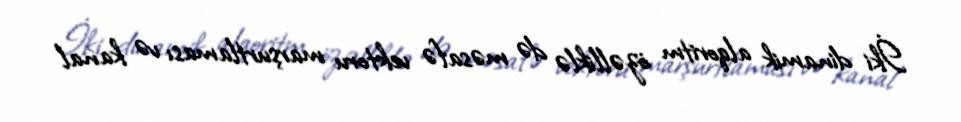
İki dinamik alqoritm özəlliklə də məsafə vektoru marşurtlaması və kanal